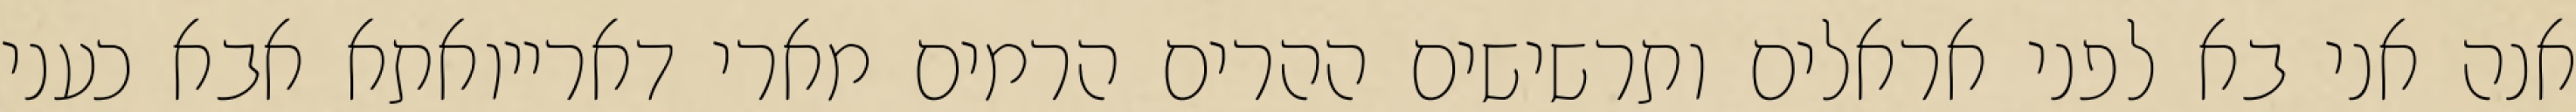
אנה אני בא לפני אראלים ותרשישים ההרים הרמים מארי דארייואתא אבא כעני